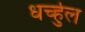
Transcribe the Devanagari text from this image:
धर्च्हुल